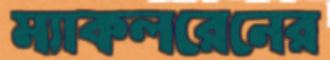
ম্যাকলরেনের